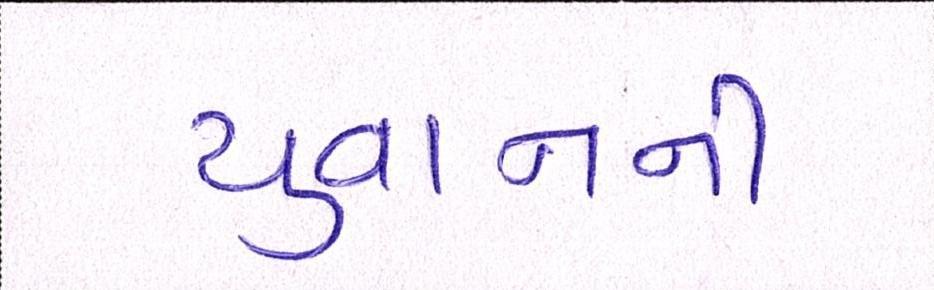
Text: યુવાનની